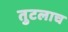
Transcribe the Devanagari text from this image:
तुटलाच